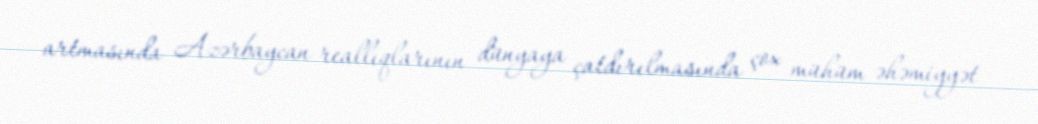
artmasında Azərbaycan reallıqlarının dünyaya çatdırılmasında çox mühüm əhəmiyyət